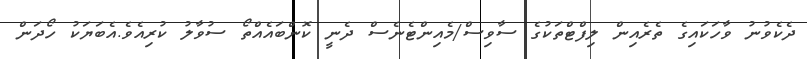
ދެކެވުނު ވާހަކައިގެ ތެރެއިން ލިފްޓްތަކުގެ ސާވިސް/މެއިންޓެނެސް ދެނީ ކޮންބައެއްތޯ ސުވާލު ކުރިއެވެ.އެބަޔަކު ހޯދަން